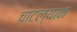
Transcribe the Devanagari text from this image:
चाटल्यान